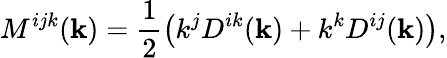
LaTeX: M^{ijk}({\mathbf{k}})=\frac{1}{2}\left(k^{j}D^{ik}({\mathbf{k}})+k^{k}D^{ij}({\mathbf{k}})\right),